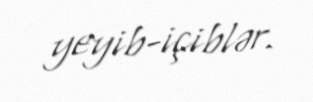
yeyib-içiblər.